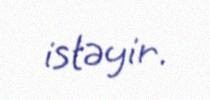
istəyir.